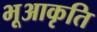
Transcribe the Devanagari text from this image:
भूआकृति